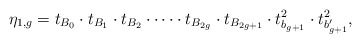
\begin{align*}\eta_{1,g} = t_{B_0} \cdot t_{B_1} \cdot t_{B_2}\cdot \cdots \cdot t_{B_{2g}} \cdot t_{B_{2g+1}} \cdot t_{b_{g+1}}^2 \cdot t_{b_{g+1}'}^2 ,\end{align*}